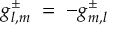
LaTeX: g _ { l , m } ^ { \pm } \; = \; - g _ { m , l } ^ { \pm }